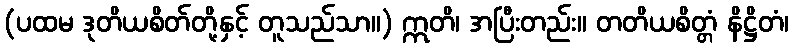
(ပထမ ဒုတိယစိတ်တို့နှင့် တူသည်သာ။) ဣတိ၊ အပြီးတည်း။ တတိယစိတ္တံ နိဋ္ဌိတံ၊